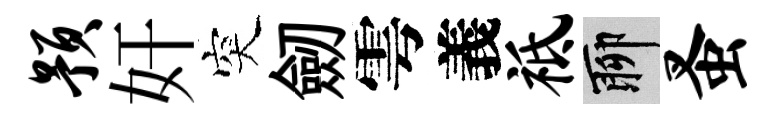
预奸突劒雩義祗聊蚤